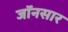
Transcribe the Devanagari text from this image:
जॉनसार